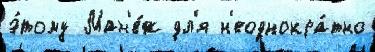
э́тому Ман'е́ж дл'я н'еоднокра́тно